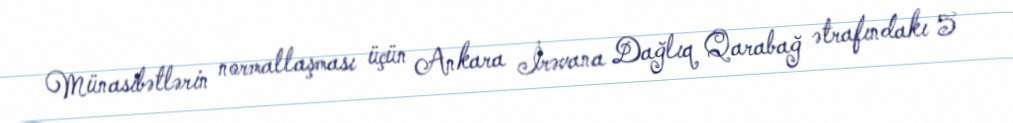
Münasibətlərin normallaşması üçün Ankara İrəvana Dağlıq Qarabağ ətrafındakı 5